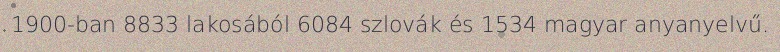
1900-ban 8833 lakosából 6084 szlovák és 1534 magyar anyanyelvű.